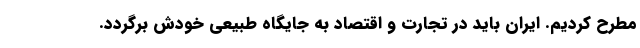
مطرح کردیم. ایران باید در تجارت و اقتصاد به جایگاه طبیعی خودش برگردد.